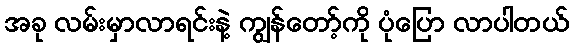
အခု လမ်းမှာလာရင်းနဲ့ ကျွန်တော့်ကို ပုံပြော လာပါတယ်